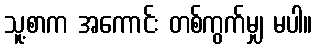
သူ့စာက အကောင်း တစ်ကွက်မျှ မပါ။